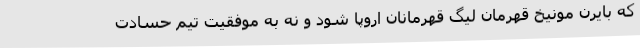
که بایرن مونیخ قهرمان لیگ قهرمانان اروپا شود و نه به موفقیت تیم حسادت